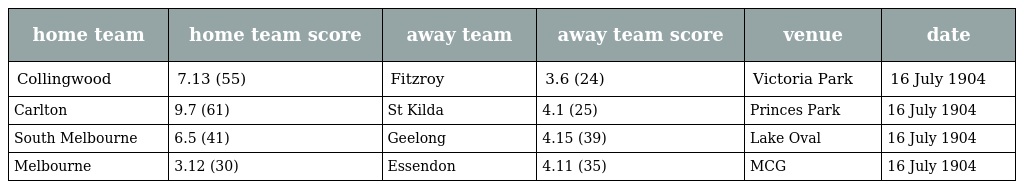
| home team | home team score | away team | away team score | venue | date |
 | --- | --- | --- | --- | --- | --- |
 | Collingwood | 7.13 (55) | Fitzroy | 3.6 (24) | Victoria Park | 16 July 1904 |
 | Carlton | 9.7 (61) | St Kilda | 4.1 (25) | Princes Park | 16 July 1904 |
 | South Melbourne | 6.5 (41) | Geelong | 4.15 (39) | Lake Oval | 16 July 1904 |
 | Melbourne | 3.12 (30) | Essendon | 4.11 (35) | MCG | 16 July 1904 |